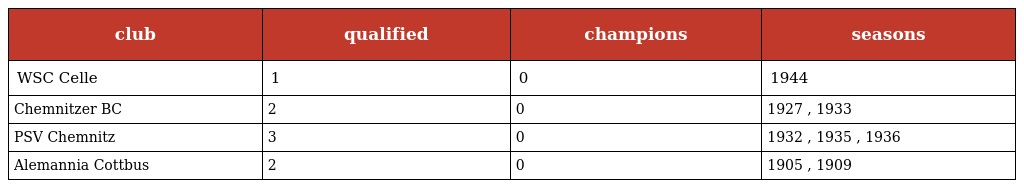
| club | qualified | champions | seasons |
 | --- | --- | --- | --- |
 | WSC Celle | 1 | 0 | 1944 |
 | Chemnitzer BC | 2 | 0 | 1927 , 1933 |
 | PSV Chemnitz | 3 | 0 | 1932 , 1935 , 1936 |
 | Alemannia Cottbus | 2 | 0 | 1905 , 1909 |